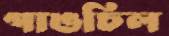
গাঙচিল